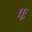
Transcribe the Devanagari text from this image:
षः